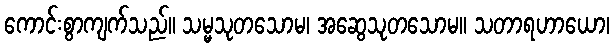
ကောင်းစွာကျက်သည်။ သမ္မသုတသောမ၊ အဆွေသုတသောမ။ သတာရဟာယော၊